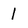
Character: 1